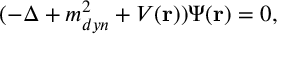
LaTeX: ( - \Delta + m _ { d y n } ^ { 2 } + V ( { \bf r } ) ) \Psi ( { \bf r } ) = 0 ,